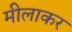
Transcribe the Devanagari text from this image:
मीलाकर